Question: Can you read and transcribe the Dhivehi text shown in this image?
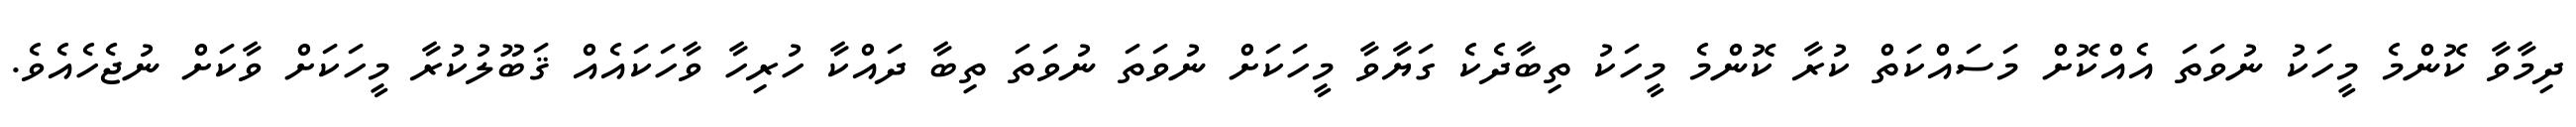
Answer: ދިމާވާ ކޮންމެ މީހަކު ނުވަތަ އެއްކޮށް މަސައްކަތް ކުރާ ކޮންމެ މީހަކު ތިބާދެކެ ގަޔާވާ މީހަކަށް ނުވަތަ ނުވަތަ ތިބާ ދައްކާ ހުރިހާ ވާހަކައެއް ޤަބޫލުކުރާ މީހަކަށް ވާކަށް ނުޖެހެއެވެ.